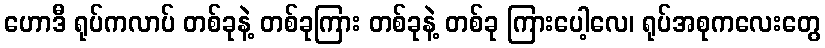
ဟောဒီ ရုပ်ကလာပ် တစ်ခုနဲ့ တစ်ခုကြား တစ်ခုနဲ့ တစ်ခု ကြားပေါ့လေ၊ ရုပ်အစုကလေးတွေ